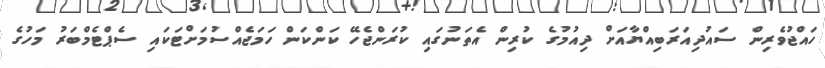
ހައްޖުވެރިން ސައުދިއަރަބިއްޔާއަށް ދިއުމުގެ ކުރިން އެތަނުގައި ކުރަންޖެހޭ ކަންކަން ހަމަޖެއްސުމަށްޓަކައި ސެޕްޓެމްބަރު މަހުގެ